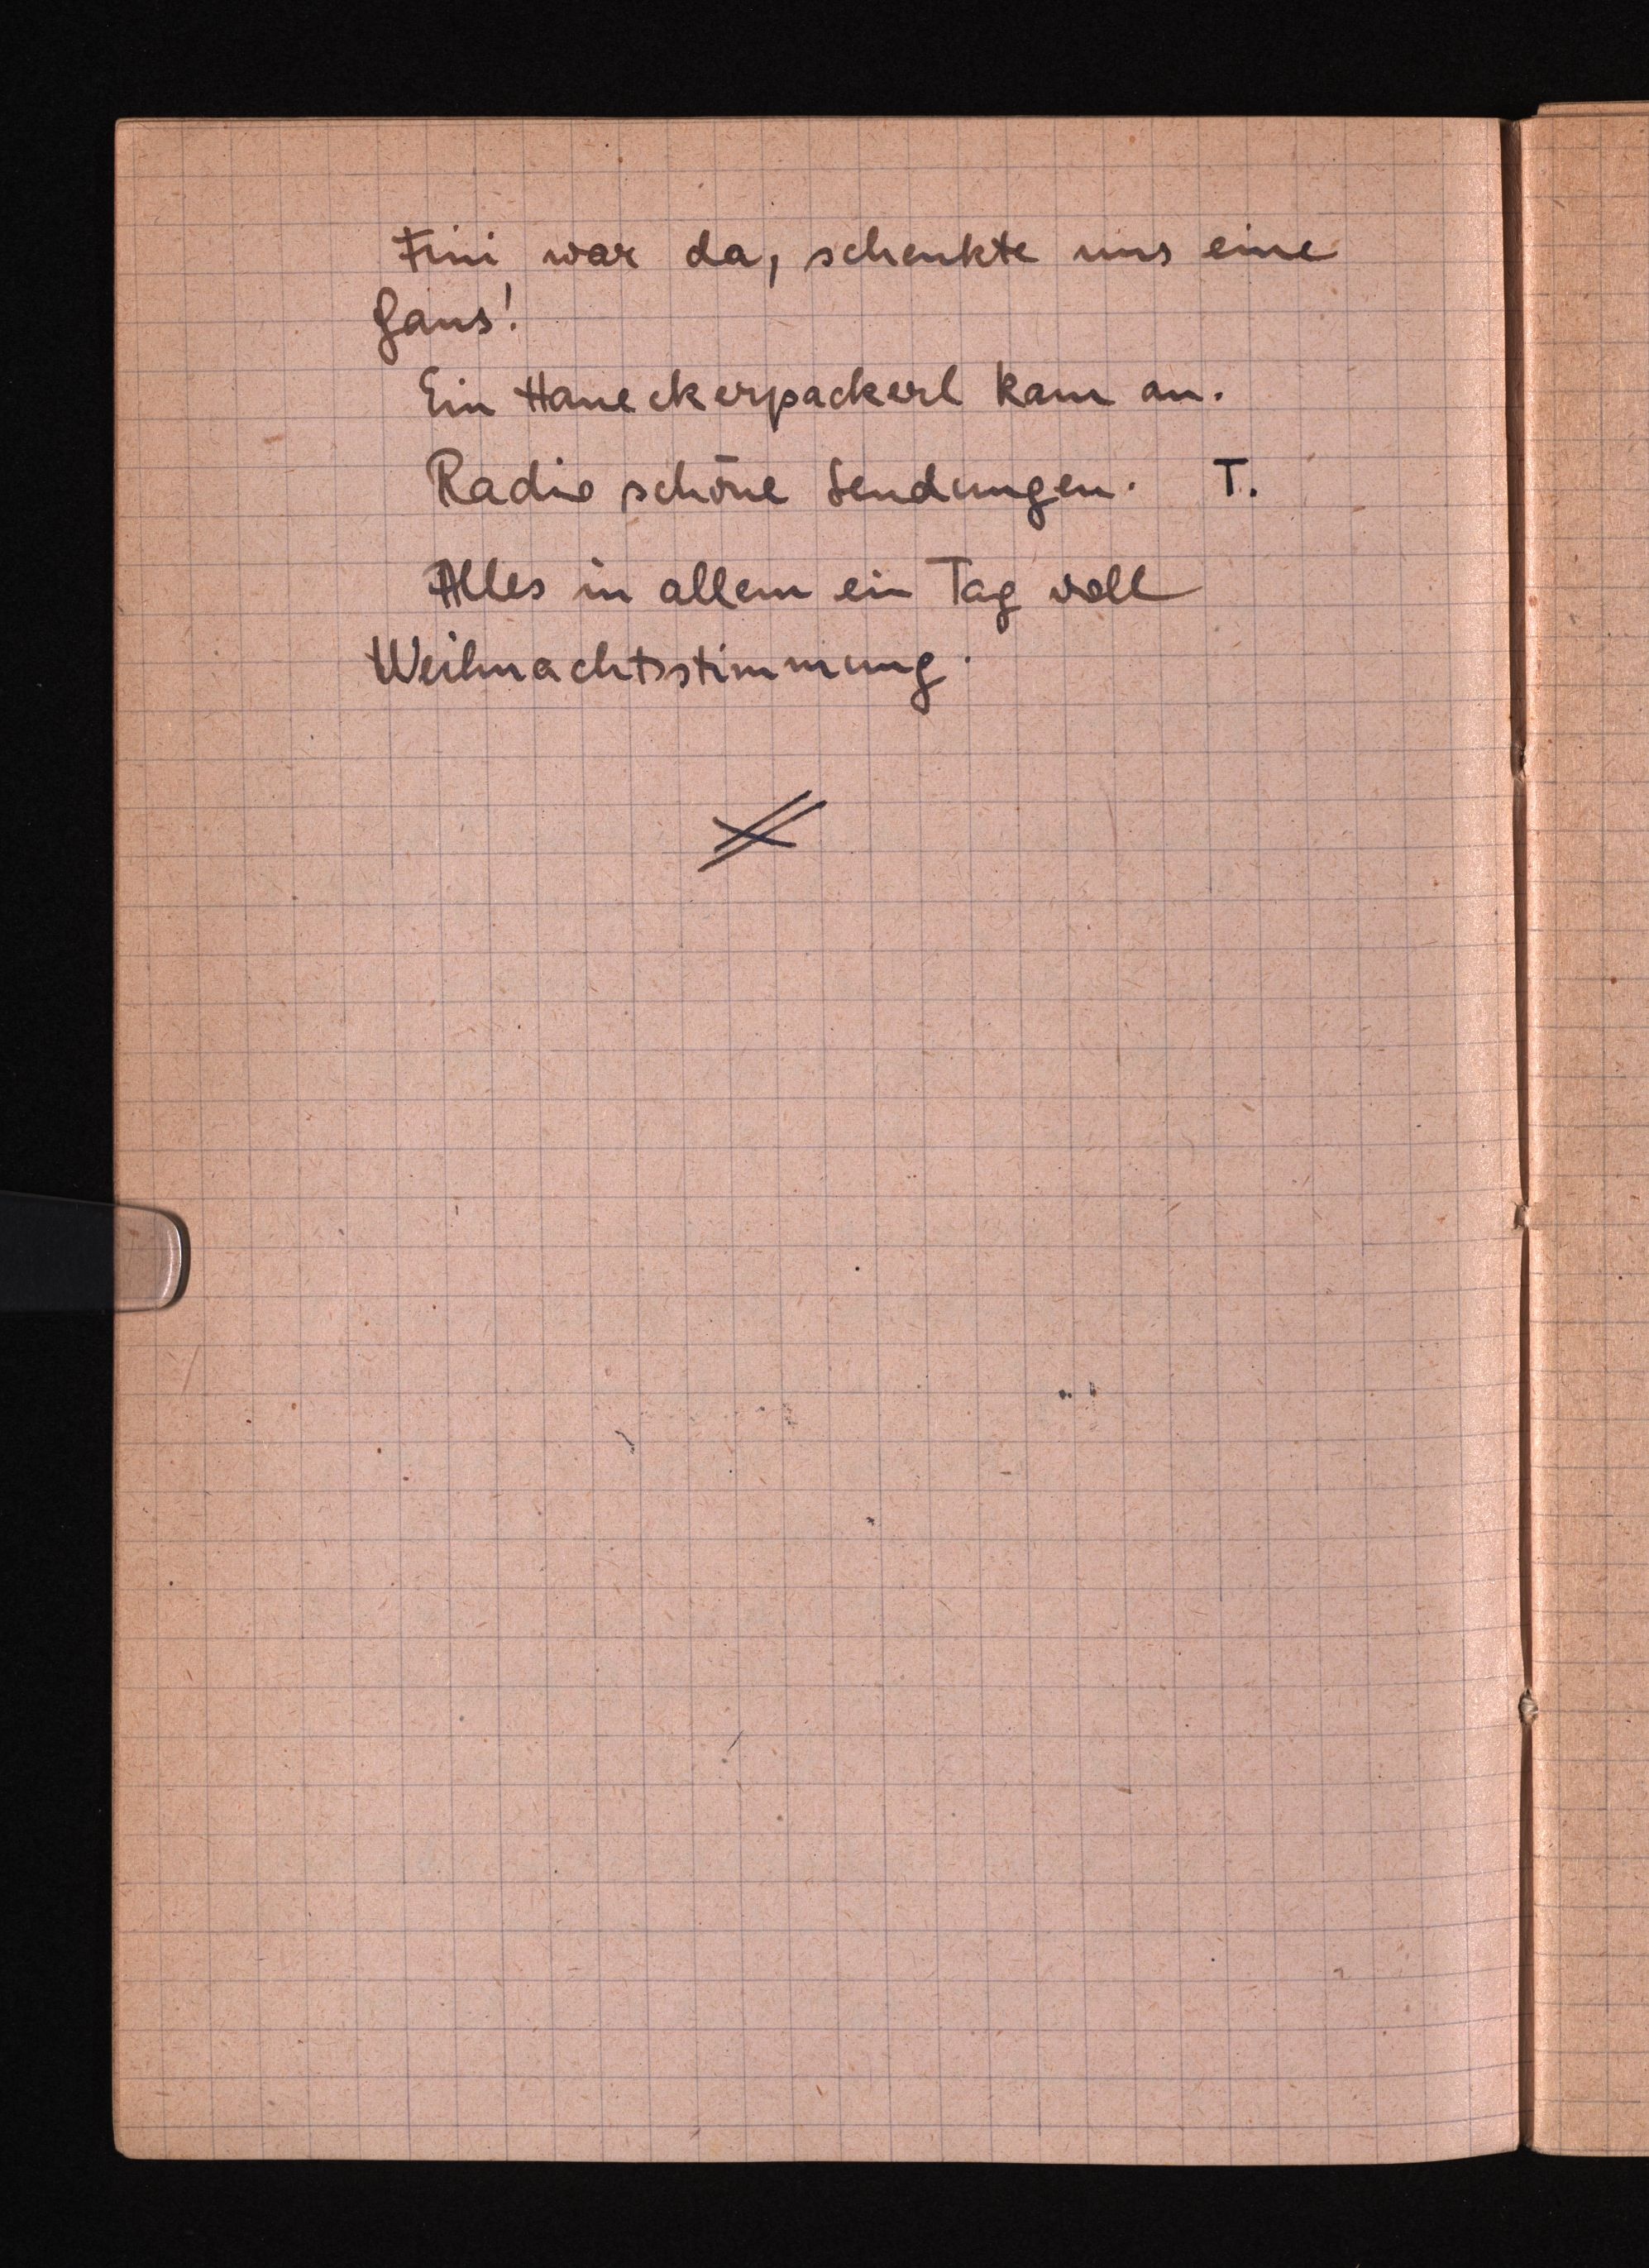
Fini war da, schenkte uns eine
Gans!
Ein Haneckerpackerl kam an.
Radio schöne Sendungen. T.
Alles in allem ein Tag voll
Weihnachtsstimmung.